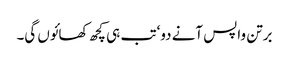
برتن واپس آنے دو‘ تب ہی کچھ کھائوں گی۔